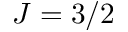
J = 3 / 2